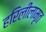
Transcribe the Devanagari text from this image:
हरिलीलामृत